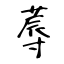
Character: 蓐